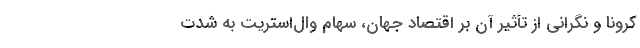
کرونا و نگرانی از تأثیر آن بر اقتصاد جهان، سهام وال‌استریت به شدت